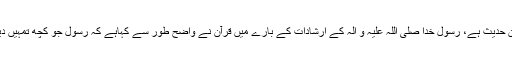
ایسے لوگوں کے لئے کہاجاسکتاہے کہ شریعت کا دوسرا متن حدیث ہے، رسول خدا صلی اللہ علیہ و آلہ کے ارشادات کے بارے میں قرآن نے واضح طور سے کہاہے کہ رسول جو کچھ تمہیں دیں اسے لے لو اور جس چیز سے روکیں اس سے رک جاؤ ''۔